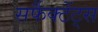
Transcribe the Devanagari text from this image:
सर्फैक्टेंट्स